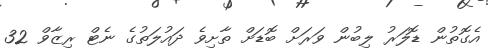
އެގޮތުން ޑޮލަރު ލިބުން ވަރަށް ބޮޑަށް ތާށިވެ ދައުލަތުގެ ނެޓް ރިޒާވް 32